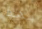
بهذا